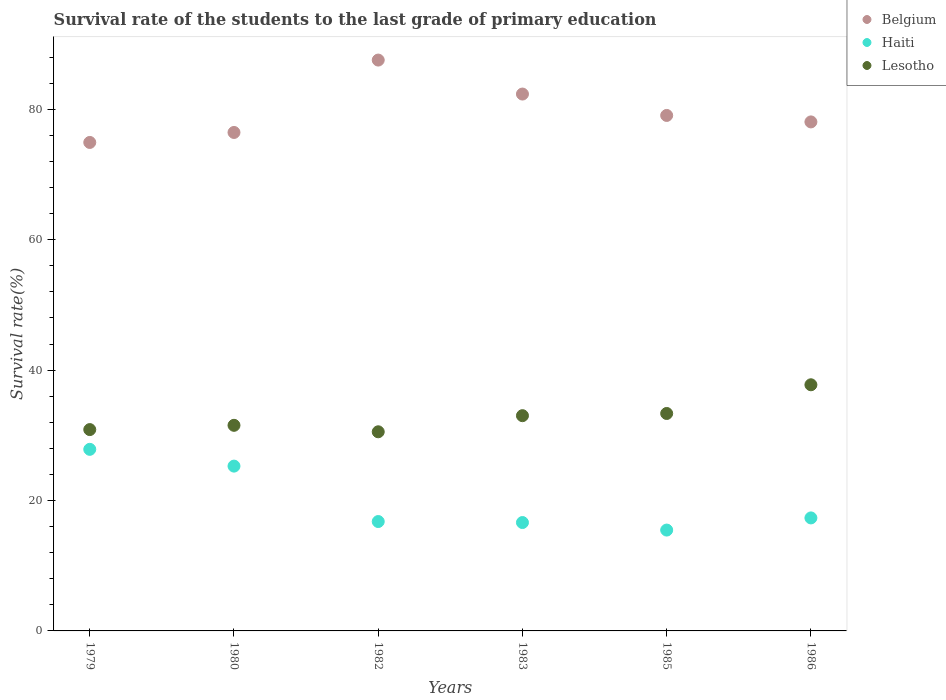
| Years | Belgium | Haiti | Lesotho |
 | --- | --- | --- | --- |
 | 1979 | 74.9 | 27.9 | 30.9 |
 | 1980 | 76.5 | 25.3 | 31.5 |
 | 1982 | 87.6 | 16.8 | 30.5 |
 | 1983 | 82.3 | 16.6 | 33 |
 | 1985 | 79.1 | 15.5 | 33.4 |
 | 1986 | 78.1 | 17.3 | 37.8 |